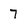
Character: 7